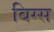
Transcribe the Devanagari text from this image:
बिग्स